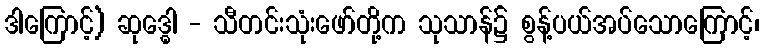
ဒါကြောင့်) ဆုဒ္ဓေါ - သီတင်းသုံးဖော်တို့က သုသာန်၌ စွန့်ပယ်အပ်သောကြောင့်၊